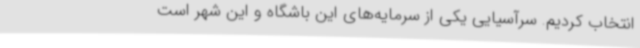
انتخاب کردیم. سرآسیایی یکی از سرمایه‌های این باشگاه و این شهر است